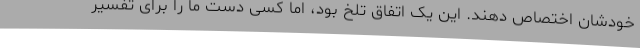
خودشان اختصاص دهند. این یک اتفاق تلخ بود، اما کسی دست ما را برای تفسیر